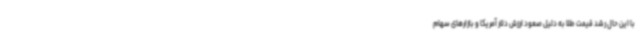
با این حال رشد قیمت طلا به دلیل صعود ارزش دلار آمریکا و بازارهای سهام